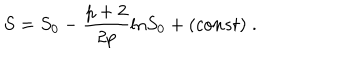
LaTeX: S = S _ { 0 } - \frac { p + 2 } { 2 p } \mathrm { l n } S _ { 0 } + ( c o n s t ) \; .